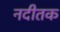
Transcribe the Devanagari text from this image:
नदीतक